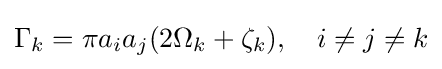
\Gamma _{k}=\pi a_{i}a_{j}(2\Omega _{k}+\zeta _{k}),\quad i\neq j\neq k